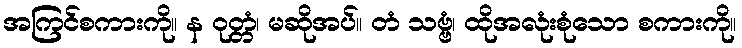
အကြင်စကားကို။ န ဝုတ္တံ၊ မဆိုအပ်။ တံ သဗ္ဗံ၊ ထိုအလုံးစုံသော စကားကို။